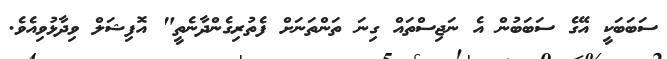
ސަބަބަކީ އޭގެ ސަބަބުން އެ ނަޖިސްތައް ގިނަ ތަންތަނަށް ފެތުރިގެންދާނެތީ" އޮފިޝަލް ވިދާޅުވިއެވެ.